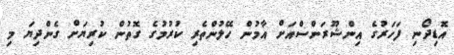
އޮޑިދޯނި ފަހަރުގެ އިންޝޫރަންސްއަށް އާމުން ހޭލުންތެރި ކުރުމުގެ ގޮތުން ކުރިޔަށް ގެންދިޔަ މި